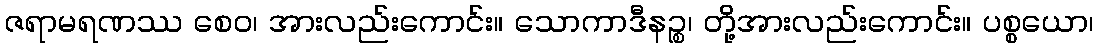
ဇရာမရဏဿ စေဝ၊ အားလည်းကောင်း။ သောကာဒီနဉ္စ၊ တို့အားလည်းကောင်း။ ပစ္စယော၊